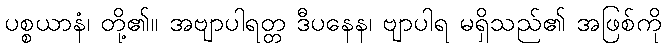
ပစ္စယာနံ၊ တို့၏။ အဗျာပါရတ္တ ဒီပနေန၊ ဗျာပါရ မရှိသည်၏ အဖြစ်ကို